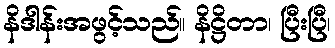
နိဒါန်းအဖွင့်သည်။ နိဋ္ဌိတာ၊ ပြီးပြီ၊